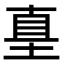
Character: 𡌴